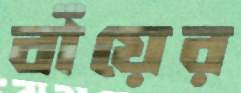
বাঁয়ের